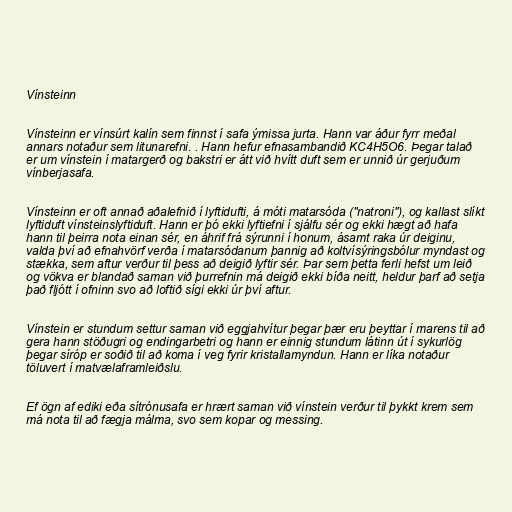
Vínsteinn

Vínsteinn er vínsúrt kalín sem finnst í safa ýmissa jurta. Hann var áður fyrr meðal
annars notaður sem litunarefni. . Hann hefur efnasambandið KC4H5O6. Þegar talað
er um vínstein í matargerð og bakstri er átt við hvítt duft sem er unnið úr gerjuðum
vínberjasafa.

Vínsteinn er oft annað aðalefnið í lyftidufti, á móti matarsóda ("natroni"), og kallast slíkt
lyftiduft vínsteinslyftiduft. Hann er þó ekki lyftiefni í sjálfu sér og ekki hægt að hafa
hann til þeirra nota einan sér, en áhrif frá sýrunni í honum, ásamt raka úr deiginu,
valda því að efnahvörf verða í matarsódanum þannig að koltvísýringsbólur myndast og
stækka, sem aftur verður til þess að deigið lyftir sér. Þar sem þetta ferli hefst um leið
og vökva er blandað saman við þurrefnin má deigið ekki bíða neitt, heldur þarf að setja
það fljótt í ofninn svo að loftið sígi ekki úr því aftur.

Vínstein er stundum settur saman við eggjahvítur þegar þær eru þeyttar í marens til að
gera hann stöðugri og endingarbetri og hann er einnig stundum látinn út í sykurlög
þegar síróp er soðið til að koma í veg fyrir kristallamyndun. Hann er líka notaður
töluvert í matvælaframleiðslu.

Ef ögn af ediki eða sítrónusafa er hrært saman við vínstein verður til þykkt krem sem
má nota til að fægja málma, svo sem kopar og messing.